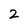
Character: 2